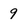
Character: 9